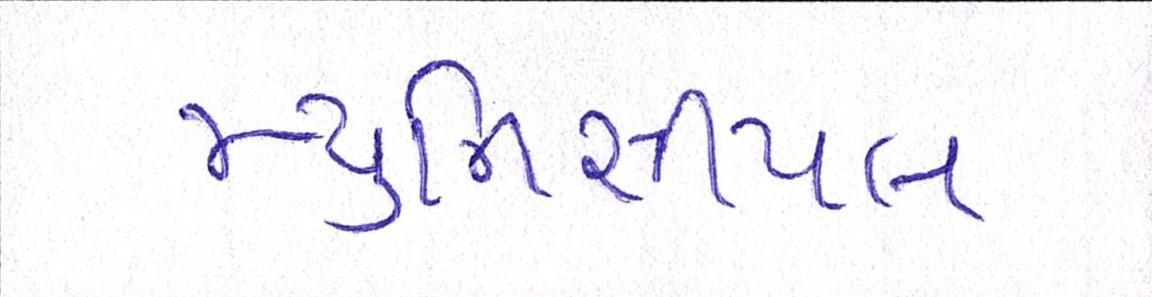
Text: મ્યુનિસીપલ